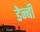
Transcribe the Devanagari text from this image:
डेन्‍बी